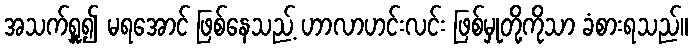
အသက်ရှူ၍ မရအောင် ဖြစ်နေသည့် ဟာလာဟင်းလင်း ဖြစ်မှုတို့ကိုသာ ခံစားရသည်။